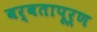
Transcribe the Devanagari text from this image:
बर्बतापूर्ण